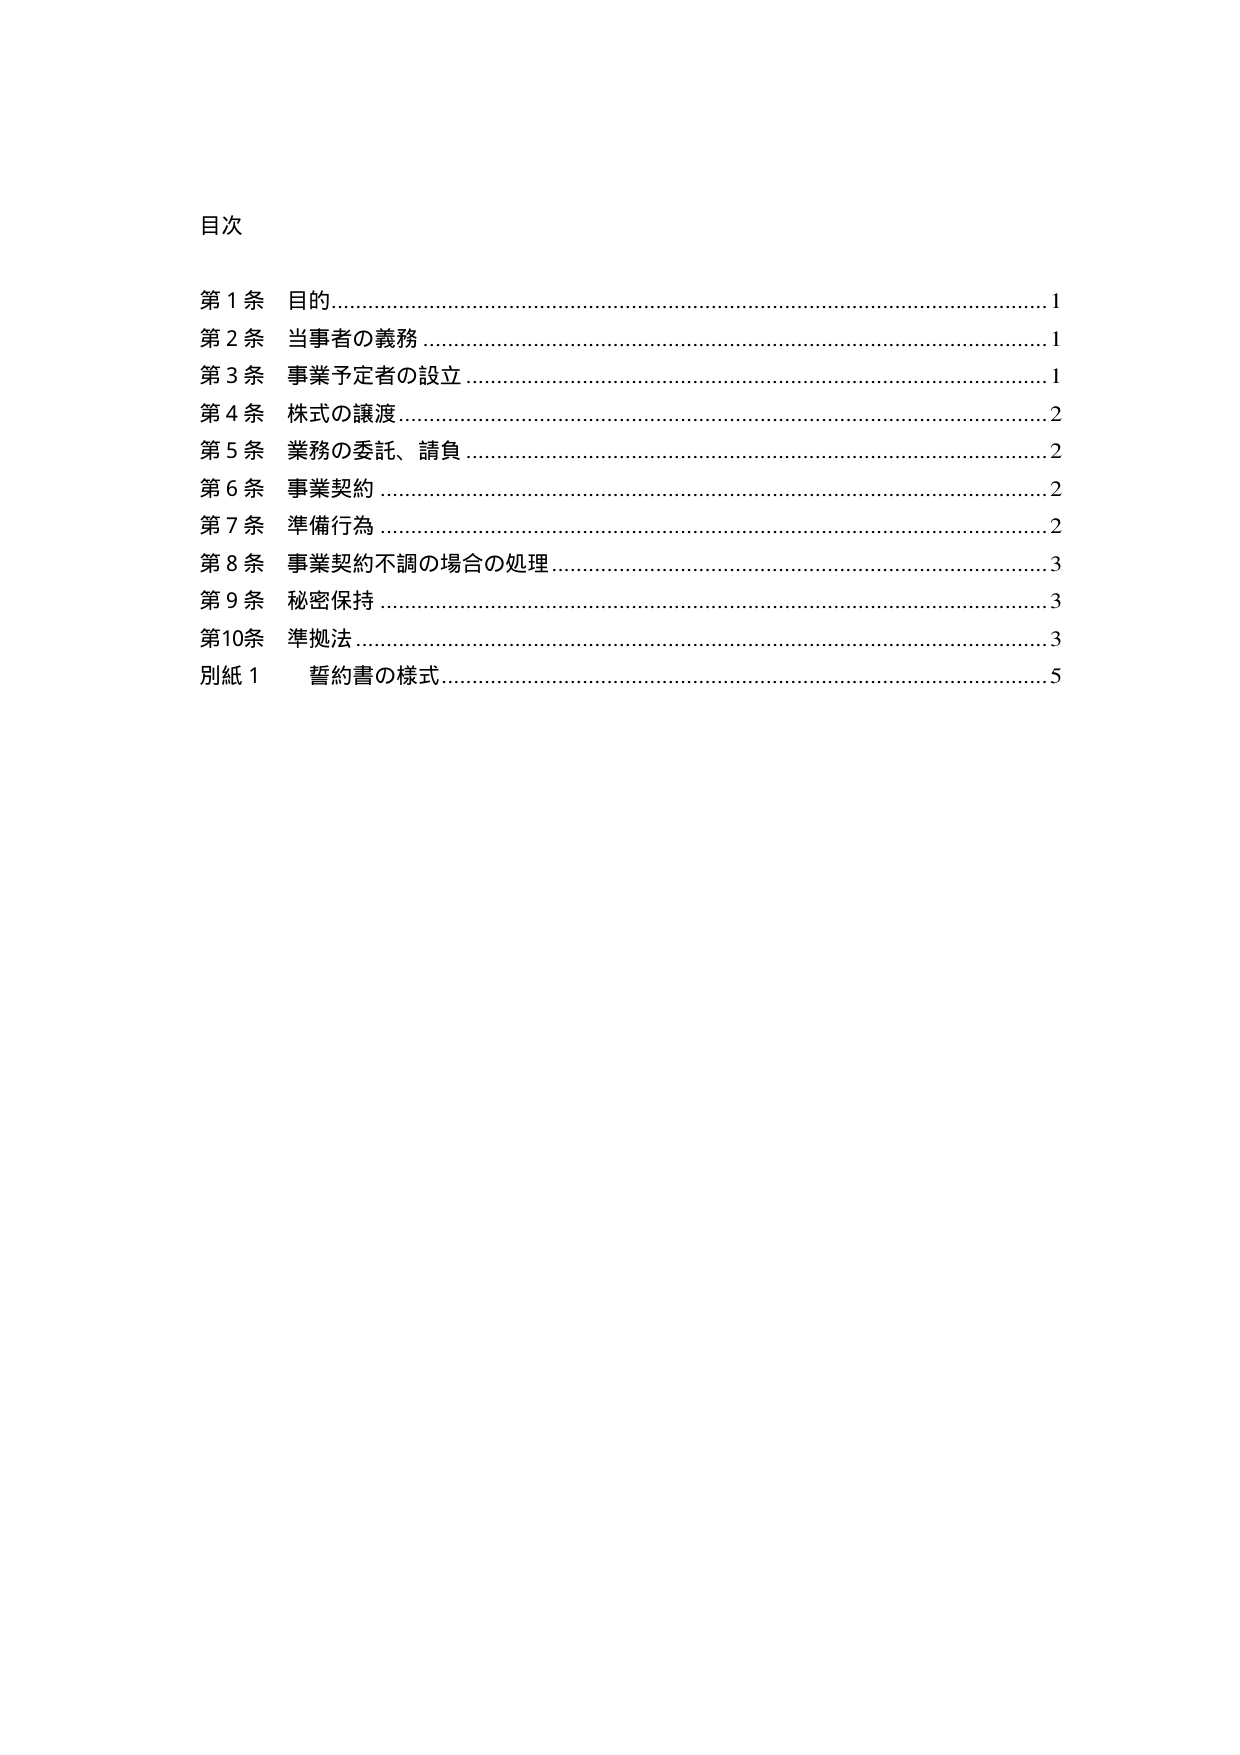
目次

第１条 目的………………………………………………………………………1
第２条 当事者の義務……………………………………………………………1
第３条 事業予定者の設立………………………………………………………1
第４条 株式の譲渡………………………………………………………………2
第５条 業務の委託、請負………………………………………………………2
第６条 事業契約…………………………………………………………………2
第７条 準備行為…………………………………………………………………2
第８条 事業契約不調の場合の処理……………………………………………3
第９条 秘密保持…………………………………………………………………3
第10条 準拠法……………………………………………………………………3
別紙１ 誓約書の様式……………………………………………………………5